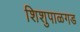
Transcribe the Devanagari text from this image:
शिशुपाळगड